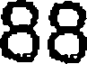
88